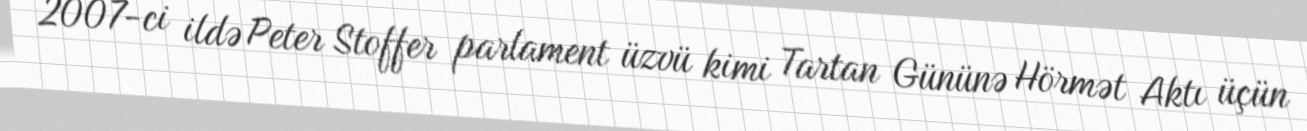
2007-ci ildə Peter Stoffer parlament üzvü kimi Tartan Gününə Hörmət Aktı üçün